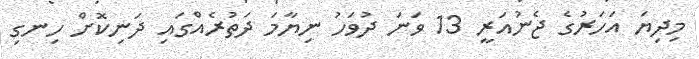
މިދިޔަ އަހަރުގެ ޖެނުއަރީ 13 ވަނަ ދުވަހު ނިޔާމަ ދަތުރެއްގައި ދަނިކޮށް ހިނގި